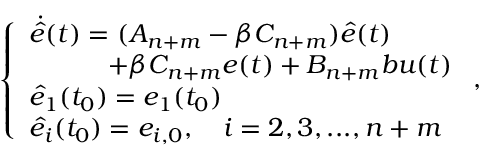
\left\{ \begin{array} { l l } { \dot { \hat { e } } ( t ) = ( { A _ { n + m } } - \beta { C _ { n + m } } ) \hat { e } ( t ) } \\ { \qquad \quad + \beta { C _ { n + m } } { e } ( t ) + { B _ { n + m } } b u ( t ) } \\ { \hat { e } _ { 1 } ( { t _ { 0 } } ) = { e _ { 1 } } ( { t _ { 0 } } ) } \\ { \hat { e } _ { i } ( { t _ { 0 } } ) = { e _ { i , 0 } } , \quad i = 2 , 3 , . . . , n + m } \end{array} \right. ,